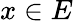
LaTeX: x\in E